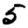
Digit: 5